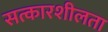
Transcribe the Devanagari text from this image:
सत्कारशीलता